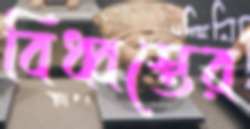
বিধ্বস্তের